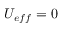
U _ { e f f } = 0